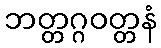
ဘတ္တဂ္ဂဝတ္တနံ